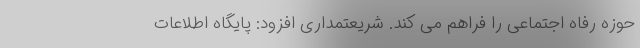
حوزه رفاه اجتماعی را فراهم می کند. شریعتمداری افزود: پایگاه اطلاعات